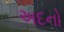
અદનો